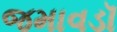
જમાવડૉ